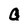
Character: Q